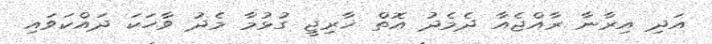
އަދި އިރާނާ ރާއްޖެއާ ދެމެދު އޮތް ޚާރިޖީ ގުޅުމާ މެދު ވާހަކަ ދައްކަވައި